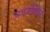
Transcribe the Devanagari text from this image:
अवनीसिंह